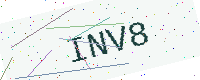
Text: INV8